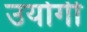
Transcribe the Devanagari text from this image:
उयोगी